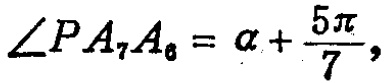
\(\angle PA_{7}A_{6}=\alpha +\frac{5\pi}{7},\)